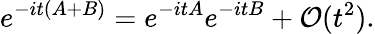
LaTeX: e^{-it(A+B)}=e^{-itA}e^{-itB}+\mathcal{O}(t^{2}).